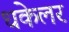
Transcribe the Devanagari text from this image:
धकेलर